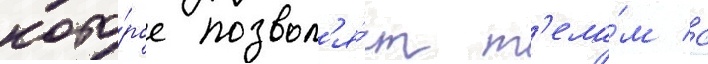
кото́рое позвол'я́ет т'ела́м с